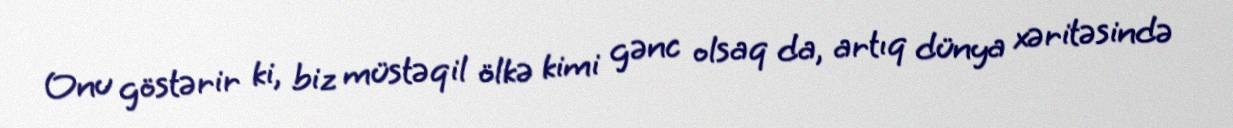
Onu göstərir ki, biz müstəqil ölkə kimi gənc olsaq da, artıq dünya xəritəsində